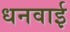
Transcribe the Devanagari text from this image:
धनवाई